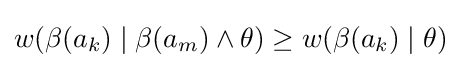
w(\beta (a_{k})\mid \beta (a_{m})\wedge \theta )\geq w(\beta (a_{k})\mid \theta )